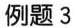
例题3